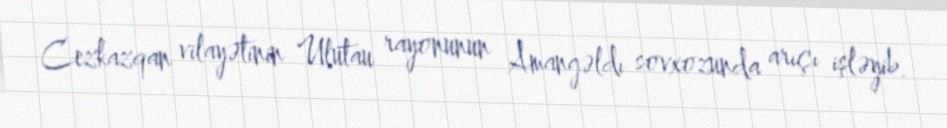
Cezkazqan vilayətinin Ulutau rayonunun Amangəldı sovxozunda arıçı işləyib.